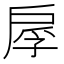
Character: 𫼍